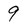
Character: 9